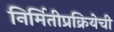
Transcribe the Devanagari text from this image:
निर्मितीप्रक्रियेची